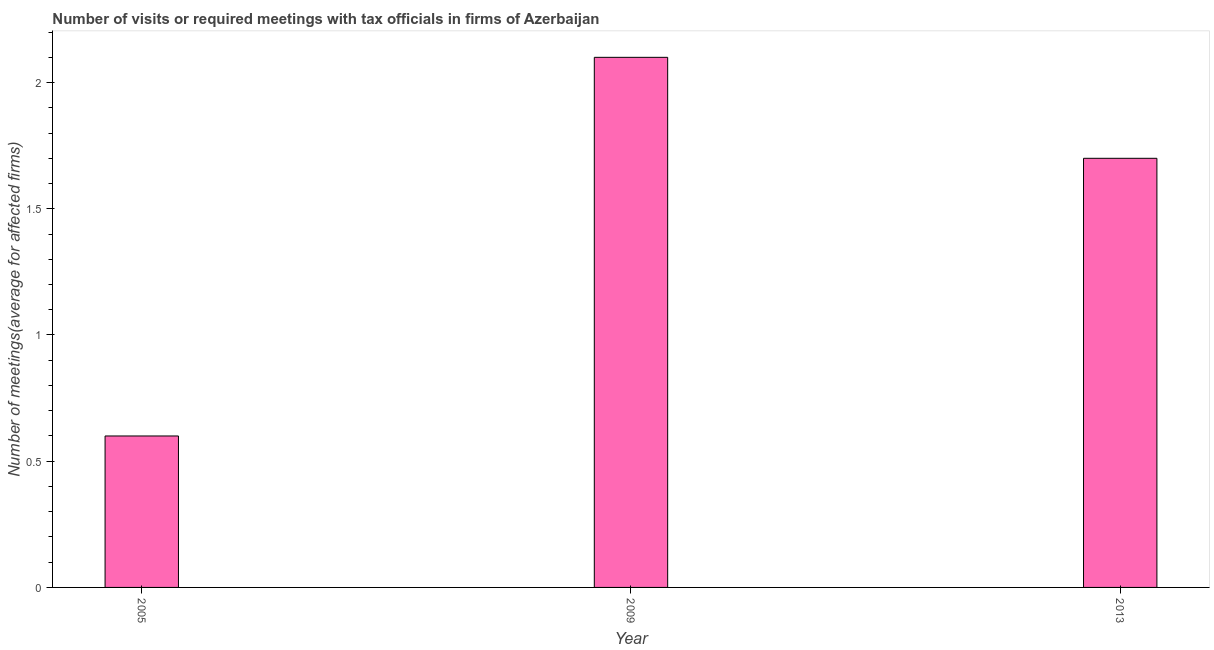
| Year | Meetings with tax officials |
 | --- | --- |
 | 2005 | 0.6 |
 | 2009 | 2.1 |
 | 2013 | 1.7 |